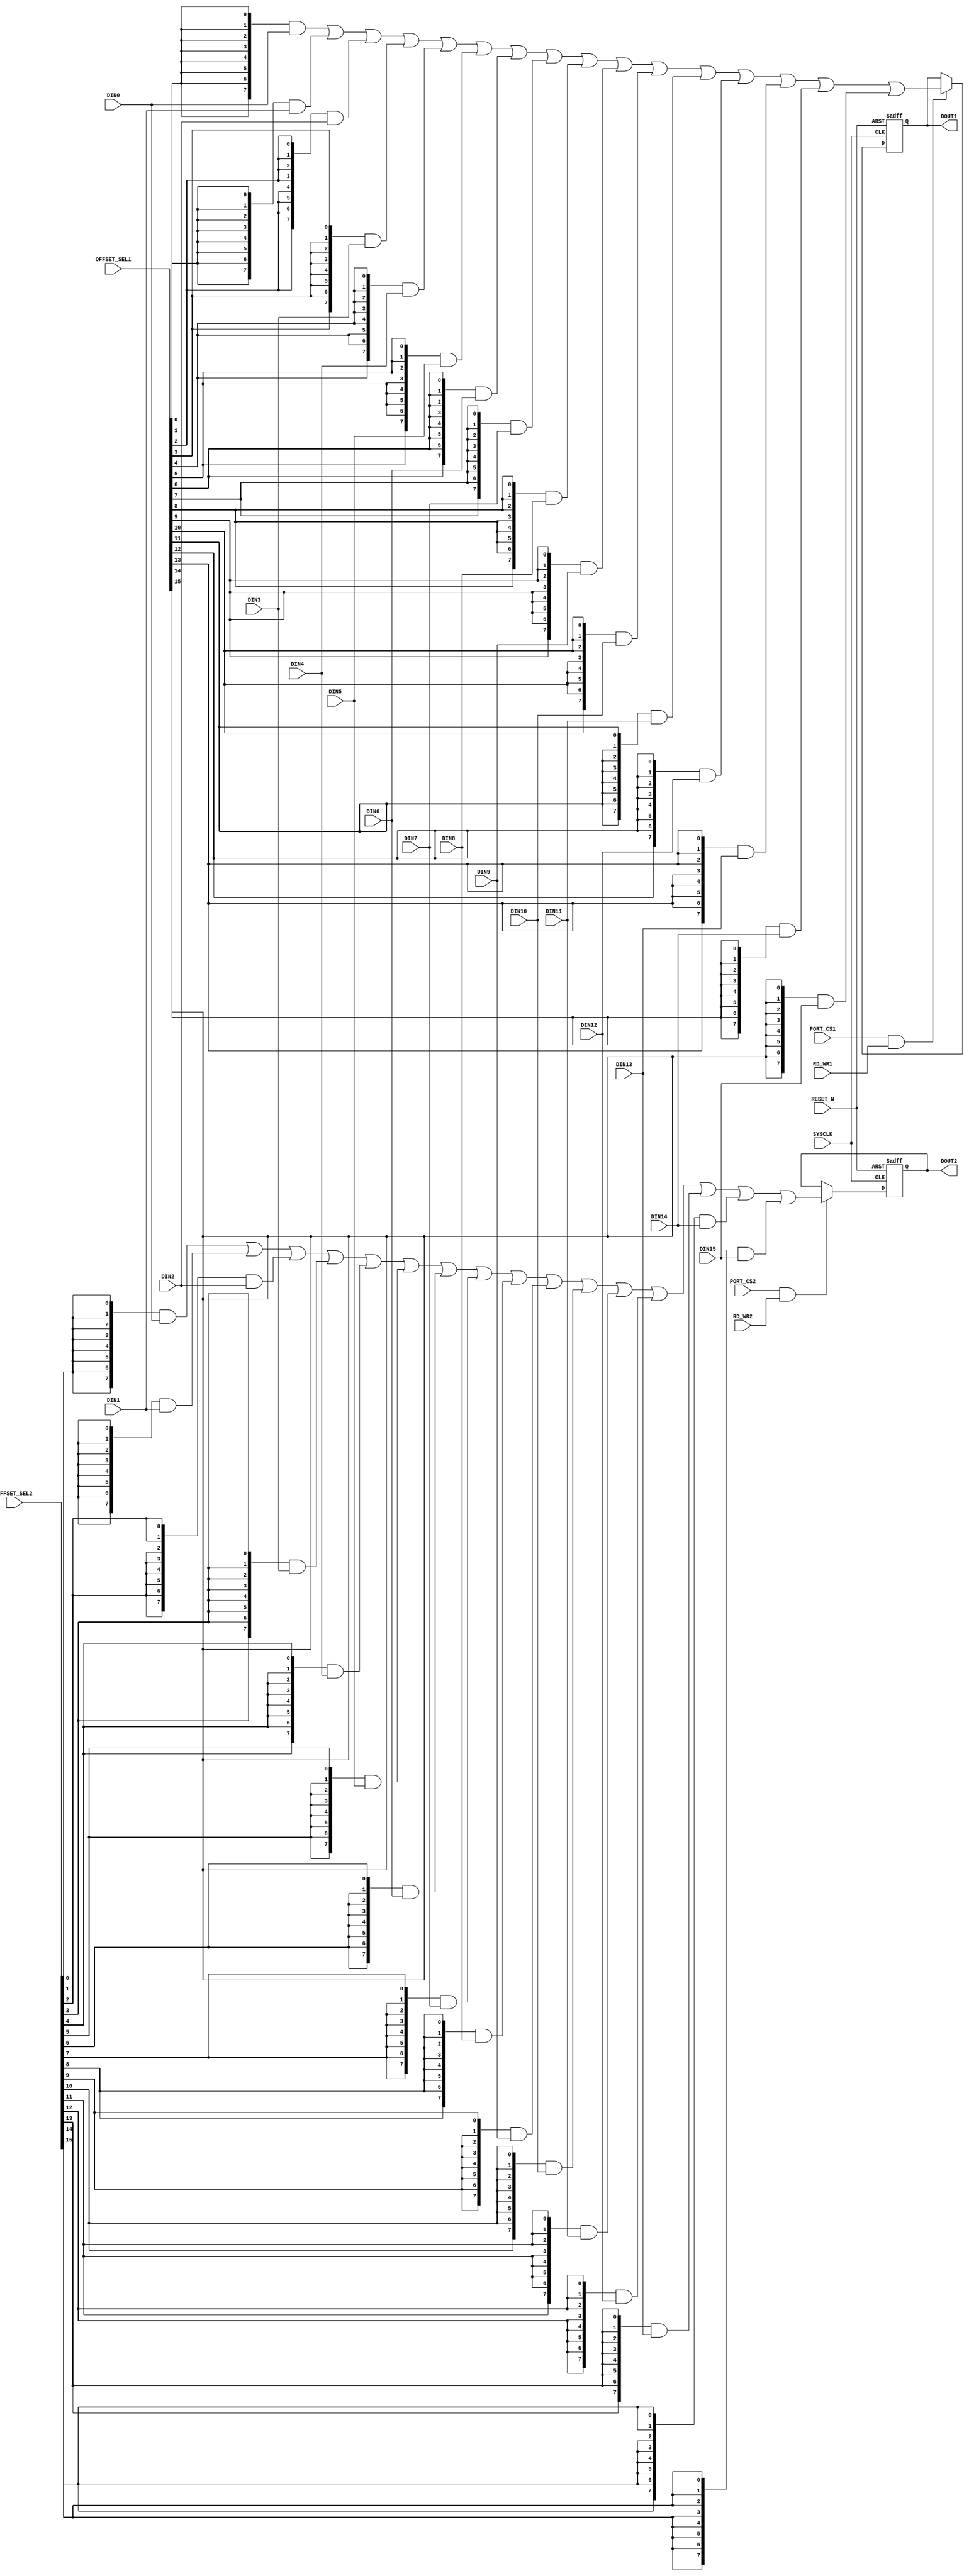
module GPI (
                input	    		SYSCLK,		 	//System clock
                input	    		RESET_N,		//Reset signal
                            
                input	    		PORT_CS1,		//PORT select signal
                input	    [15:0]	OFFSET_SEL1,	//Address offset selection
                input	    		RD_WR1,			//I2C read/write signal, 1 means read, 0 means write
                input	    		PORT_CS2,		//PORT select signal
                input	    [15:0]	OFFSET_SEL2,	//Address offset selection
                input	    		RD_WR2,			//I2C read/write signal, 1 means read, 0 means write

                output reg	[7:0]	DOUT1,			//Output data when I2C read operation
                output reg	[7:0]	DOUT2,			//Output data when I2C read operation
                
                input       [7:0]   DIN0,DIN1,DIN2,DIN3,
				                    DIN4,DIN5,DIN6,DIN7,
									DIN8,DIN9,DIN10,DIN11,
									DIN12,DIN13,DIN14,DIN15
			);

//Output data when I2C read operation FOR I2C1
wire		[7:0]	DOUT_W1 =	({8{OFFSET_SEL1[0 ]}} & DIN0  )    |
                                ({8{OFFSET_SEL1[1 ]}} & DIN1  )    |
                                ({8{OFFSET_SEL1[2 ]}} & DIN2  )    |
                                ({8{OFFSET_SEL1[3 ]}} & DIN3  )    |
                                ({8{OFFSET_SEL1[4 ]}} & DIN4  )    |
								({8{OFFSET_SEL1[5 ]}} & DIN5  )    |
                                ({8{OFFSET_SEL1[6 ]}} & DIN6  )    |
                                ({8{OFFSET_SEL1[7 ]}} & DIN7  )    |
                                ({8{OFFSET_SEL1[8 ]}} & DIN8  )    |
                                ({8{OFFSET_SEL1[9 ]}} & DIN9  )    |
								({8{OFFSET_SEL1[10]}} & DIN10 )    |
                                ({8{OFFSET_SEL1[11]}} & DIN11 )    |
                                ({8{OFFSET_SEL1[12]}} & DIN12 )    |
                                ({8{OFFSET_SEL1[13]}} & DIN13 )    |
                                ({8{OFFSET_SEL1[14]}} & DIN14 )    |
								({8{OFFSET_SEL1[15]}} & DIN15 );

//Output data when I2C read operation FOR I2C2
wire		[7:0]	DOUT_W2 =	({8{OFFSET_SEL2[0 ]}} & DIN0  )    |
                                ({8{OFFSET_SEL2[1 ]}} & DIN1  )    |
                                ({8{OFFSET_SEL2[2 ]}} & DIN2  )    |
                                ({8{OFFSET_SEL2[3 ]}} & DIN3  )    |
                                ({8{OFFSET_SEL2[4 ]}} & DIN4  )    |
								({8{OFFSET_SEL2[5 ]}} & DIN5  )    |
                                ({8{OFFSET_SEL2[6 ]}} & DIN6  )    |
                                ({8{OFFSET_SEL2[7 ]}} & DIN7  )    |
                                ({8{OFFSET_SEL2[8 ]}} & DIN8  )    |
                                ({8{OFFSET_SEL2[9 ]}} & DIN9  )    |
								({8{OFFSET_SEL2[10]}} & DIN10 )    |
                                ({8{OFFSET_SEL2[11]}} & DIN11 )    |
                                ({8{OFFSET_SEL2[12]}} & DIN12 )    |
                                ({8{OFFSET_SEL2[13]}} & DIN13 )    |
                                ({8{OFFSET_SEL2[14]}} & DIN14 )    |
								({8{OFFSET_SEL2[15]}} & DIN15 );
                                
//READ
always@(posedge SYSCLK or negedge RESET_N)
	begin
		if(RESET_N == 1'b0)
			begin
				DOUT1 <= 8'h0;
			end
		else
			begin
				DOUT1 <= (PORT_CS1 & RD_WR1)? DOUT_W1 : DOUT1;
			end
	end

always@(posedge SYSCLK or negedge RESET_N)
	begin
		if(RESET_N == 1'b0)
			begin
				DOUT2 <= 8'h0;
			end
		else
			begin
				DOUT2 <= (PORT_CS2 & RD_WR2)? DOUT_W2 : DOUT2;
			end
	end

endmodule